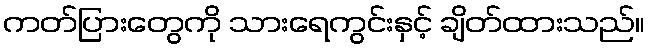
ကတ်ပြားတွေကို သားရေကွင်းနှင့် ချိတ်ထားသည်။